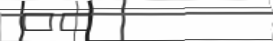
٥٦